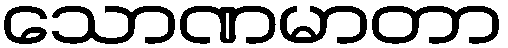
သောဏမာတာ